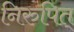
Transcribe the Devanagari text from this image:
निरुपित्